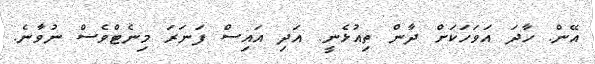
އޭން. ހާދަ އަވަހަކަށް ދާން ތިއުޅެނީ. އަދި އައިސް ފަނަރަ މިނެޓްވެސް ނުވާނެ.